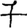
Digit: 7